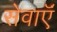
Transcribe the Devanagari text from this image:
सेवाऍं